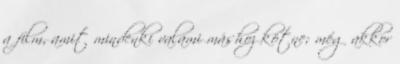
a film, amit mindenki valami máshoz kötne; még akkor